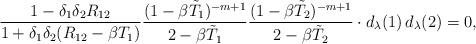
LaTeX: \begin{align*} \frac{1-\delta_1\delta_2 R_{12}}{1+\delta_1\delta_2(R_{12}-\beta T_1)}\frac{(1-\beta\tilde T_1)^{-m+1}}{2-\beta\tilde T_1} \frac{(1-\beta\tilde T_2)^{-m+1}}{2-\beta\tilde T_2}\cdot d_\lambda(1)\, d_\lambda(2) = 0,\end{align*}